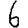
Digit: 6